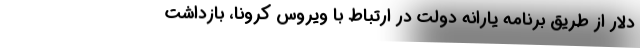
دلار از طریق برنامه یارانه دولت در ارتباط با ویروس کرونا، بازداشت